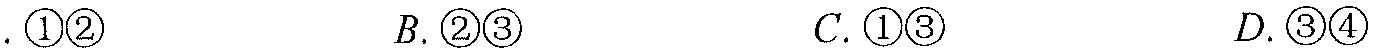
. \textcircled{1}\textcircled{2}\(\ \ \ \ \ \ \ \ \ \ \ \ \ \ \ B.\)\textcircled{2}\textcircled{3}\(\ \ \ \ \ \ \ \ \ \ \ \ \ \ \ C.\)\textcircled{1}\textcircled{3}\(\ \ \ \ \ \ \ \ \ \ \ \ \ \ \ D.\)\textcircled{3}\textcircled{4}